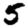
Digit: 5